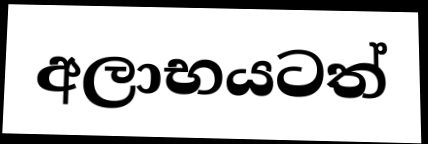
අලාභයටත්